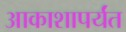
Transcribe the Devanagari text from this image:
आकाशापर्यंत